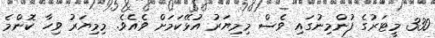
330 މީޓަރުގެ ފުންމިނުގައި ވެސް މިމިޔަރު އުޅޭކަމަށް ވެއެވެ. މިމިޔަރު ވިހާ ކޮންމެ